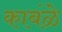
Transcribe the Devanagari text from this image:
काबंळे